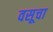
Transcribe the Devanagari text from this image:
वसूचा